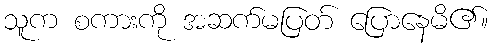
သူက စကားကို အဆက်မပြတ် ပြောနေမိ၏။